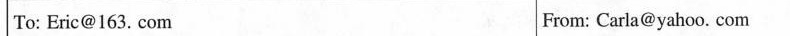
To: Eric@163. Com ________ From: Carla@yahoo. Com